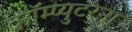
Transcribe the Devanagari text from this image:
कॉम्प्युटरना